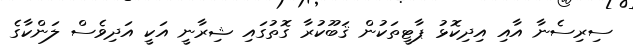
ސިރިސެނާ އާއި އިދިކޮޅު ޕާޓީތަކުން ޤަބޫކުރާ ގޮތުގައި ޝިރާނީ އަކީ އަދިވެސް ލަންކާގެ